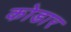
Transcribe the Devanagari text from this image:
कोडार